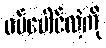
ဝမ်ပေါင်လဲ့ကို